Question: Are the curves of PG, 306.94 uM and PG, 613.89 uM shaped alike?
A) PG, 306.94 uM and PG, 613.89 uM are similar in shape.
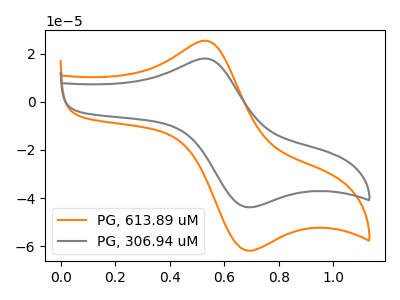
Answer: <think>The orange curve "PG, 613.89 uM" has an anodic peak at (0.55V, 25.35uA) and a cathodic peak at (0.70V, -61.45uA). The gray curve "PG, 306.94 uM" has an anodic peak at (0.55V, 17.95uA) and a cathodic peak at (0.70V, -43.55uA).
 All the peaks in "PG, 306.94 uM" have a peak in "PG, 613.89 uM" at the same potential. Every peak in "PG, 306.94 uM" is lower than every peak in "PG, 613.89 uM".</think>
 <answer>A) "PG, 306.94 uM" and "PG, 613.89 uM" are similar in shape.</answer>
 <eval>A</eval>